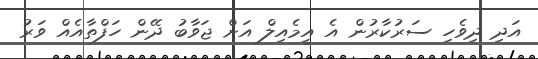
އަދި ދިވެހި ސަރުކާރުން އެ އީމެއިލް އަށް ޖަވާބު ދޭން ހަފްތާއެއް ވަރު